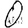
Digit: 0